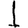
Digit: 1